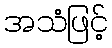
အသံဖြင့်